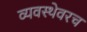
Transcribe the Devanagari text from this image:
व्यवस्थेवरच